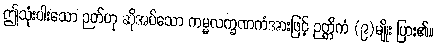
ဤသုံးပါးသော ဉတ်ဟု ဆိုအပ်သော ကမ္မလက္ခဏကံအားဖြင့် ဉတ္တိကံ (၉)မျိုး ပြား၏။